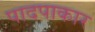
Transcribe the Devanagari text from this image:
पादपाकार